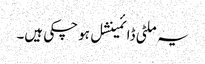
یہ ملٹی ڈائمینشل ہو چکی ہیں۔